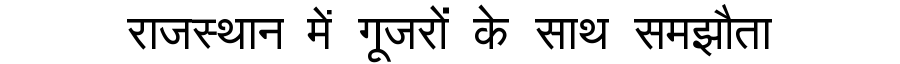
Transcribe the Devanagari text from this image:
राजस्थान में गूजरों के साथ समझौता